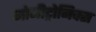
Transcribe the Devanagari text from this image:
मोनीट्रोनिक्स